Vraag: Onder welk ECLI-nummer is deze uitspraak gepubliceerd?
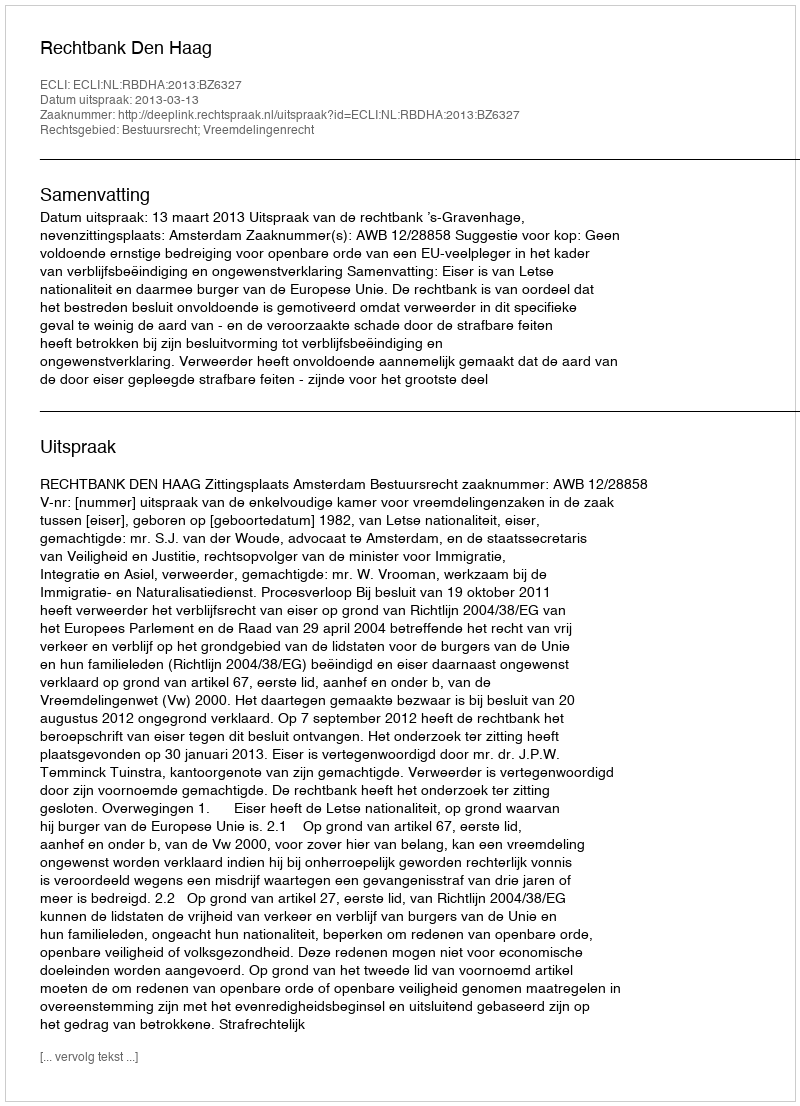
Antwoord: ECLI:NL:RBDHA:2013:BZ6327